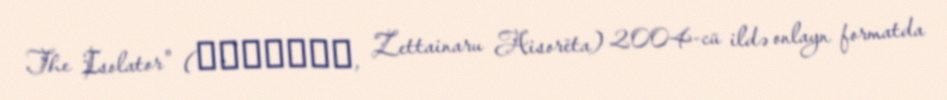
The Isolator" (絶対ナル孤独者, Zettainaru Aisorēta) 2004-cü ildə onlayn formatda